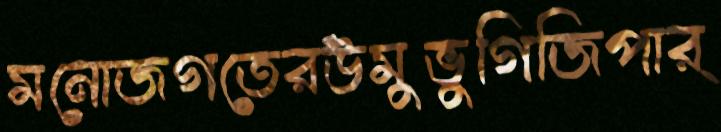
মনোজগতেরউমুভুগিজিপার্